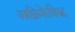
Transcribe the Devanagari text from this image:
आफ्रिकेविरुद्द